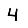
Digit: 4